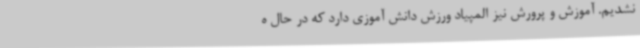
نشدیم. آموزش و پرورش نیز المپیاد ورزش دانش آموزی دارد که در حال ه